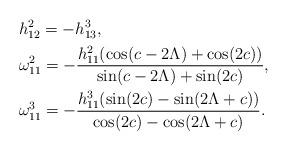
LaTeX: \begin{align*}&h_{12}^2=-h_{13}^3,\\&\omega_{11}^2=-\frac{h_{11}^2 (\cos (c-2 \Lambda )+\cos (2 c))}{\sin (c-2 \Lambda )+\sin (2 c)},\\&\omega_{11}^3=-\frac{h_{11}^3 (\sin (2 c)-\sin (2 \Lambda +c))}{\cos (2 c)-\cos (2 \Lambda +c)}.\end{align*}